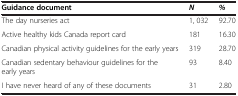
<table><thead><tr><td><b>Guidance document</b></td><td><b><i>N</i></b></td><td><b><i>%</i></b></td></tr></thead><tbody><tr><td>The day nurseries act</td><td>1, 032</td><td>92.70</td></tr><tr><td>Active healthy kids Canada report card</td><td>181</td><td>16.30</td></tr><tr><td>Canadian physical activity guidelines for the early years</td><td>319</td><td>28.70</td></tr><tr><td>Canadian sedentary behaviour guidelines for the early years</td><td>93</td><td>8.40</td></tr><tr><td>I have never heard of any of these documents</td><td>31</td><td>2.80</td></tr></tbody></table>